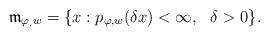
LaTeX: \begin{align*} \mathfrak{m}_{\varphi_, w}= \{x : p_{\varphi,w}(\delta x) < \infty, \,\, \,\, \delta >0\}. \end{align*}